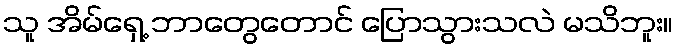
သူ အိမ်ရှေ့ ဘာတွေတောင် ပြောသွားသလဲ မသိဘူး။